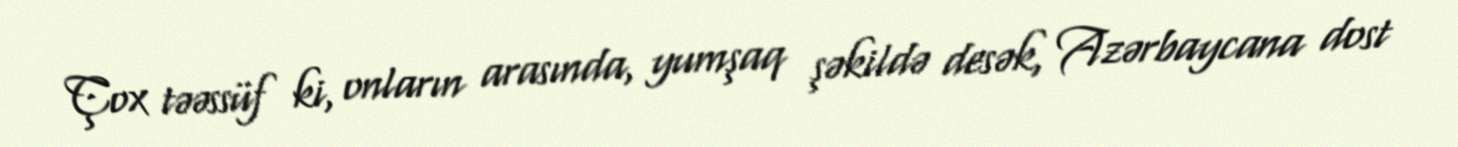
Çox təəssüf ki, onların arasında, yumşaq şəkildə desək, Azərbaycana dost